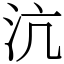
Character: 沆